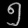
Digit: ၅